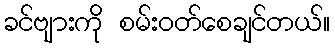
ခင်ဗျားကို စမ်းဝတ်စေချင်တယ်။